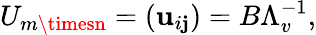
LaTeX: U_{m\timesn}=\left(\mathbf{u}_{i\mathbf{j}}\right)=B\Lambda_{v}^{-1},